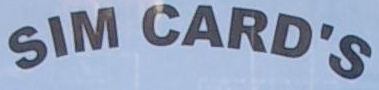
SIM CARD'S